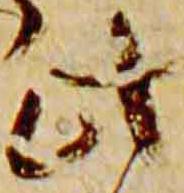
此